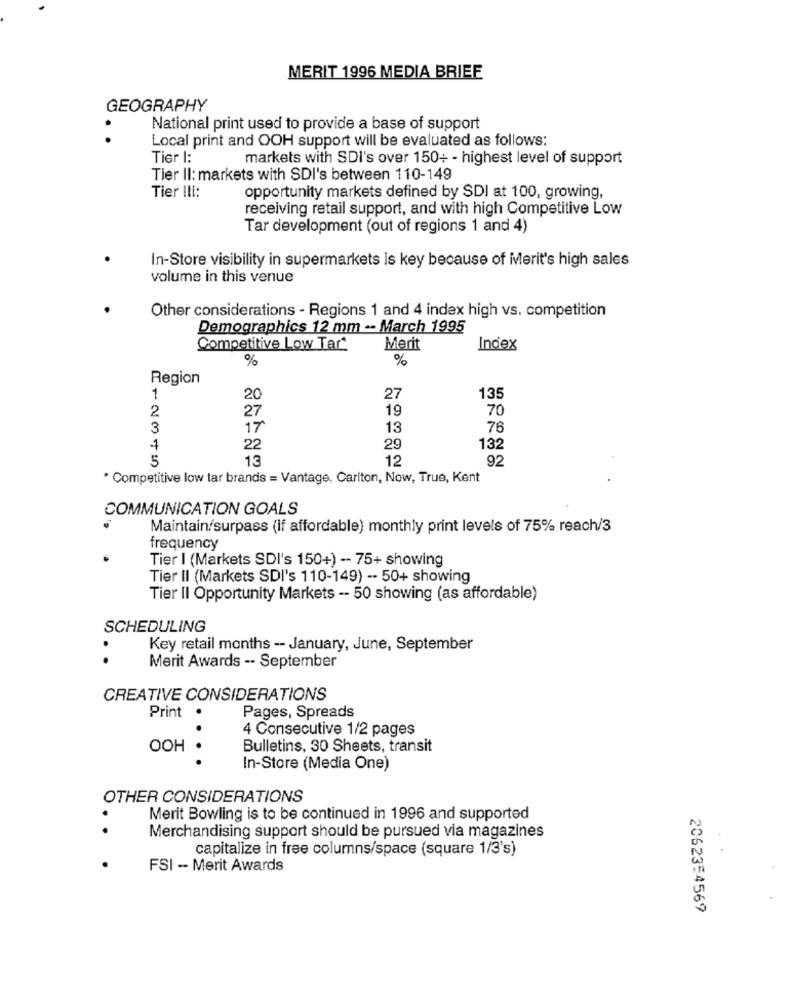
MERIT 1996 MEDIA BRIEF
GEOGRAPHY
National print used to provide a base of support
. .
Local print and OOH support will be evaluated as follows:
Tier I:
markets with SDI's over 150+ - highest level of support
Tier II: markets with SDI's between 110-149
Tier III:
opportunity markets defined by SDI at 100, growing,
receiving retail support, and with high Competitive Low
Tar development (out of regions 1 and 4)
In-Store visibility in supermarkets is key because of Merit's high sales
volume in this venue
Other considerations - Regions 1 and 4 index high vs. competition
Demographics 12 mm -- March 1995
Competitive Low Tar
Merit
Index
%
%
Region
1
20
27
135
2
27
19
70
3
17
13
76
4
22
29
132
5
13
12
92
* Competitive low tar brands = Vantage, Carlton, Now, True, Kent
COMMUNICATION GOALS
Maintain/surpass (if affordable) monthly print levels of 75% reach/3
frequency
Tier I (Markets SDI's 150+) -- 75+ showing
Tier II (Markets SDI's 110-149) -- 50+ showing
Tier II Opportunity Markets -- 50 showing (as affordable)
SCHEDULING
Key retail months -- January, June, September
..
Merit Awards -- September
CREATIVE CONSIDERATIONS
Pages, Spreads
Print .
.
4 Consecutive 1/2 pages
OOH
Bulletins, 30 Sheets, transit
In-Store (Media One)
OTHER CONSIDERATIONS
Merit Bowling is to be continued in 1996 and supported
. .
Merchandising support should be pursued via magazines
capitalize in free columns/space (square 1/3's)
FSI -- Merit Awards
2062354569